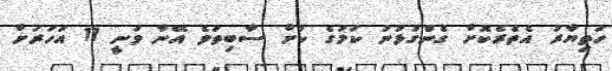
ހަތިޔާރު އެތެރެކޮށް ގެންގުޅުނު ކަމުގެ ކުށް ސާބިތުވެ އޭނާ ވަނީ 11 އަހަރަށް